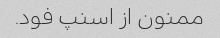
ممنون از اسنپ فود.